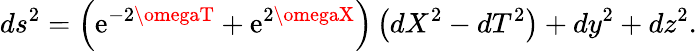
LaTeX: ds^{2}=\left(\mathrm{e}^{-2\omegaT}+\mathrm{e}^{2\omegaX}\right)\left(dX^{2}-dT^{2}\right)+dy^{2}+dz^{2}.